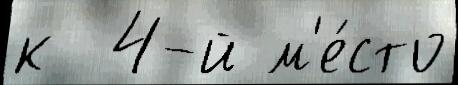
к  4-й м'е́сто